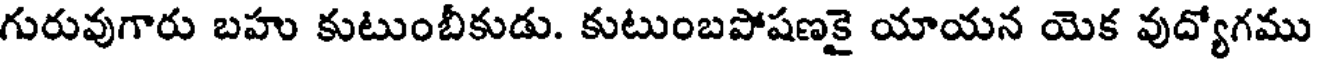
గురువుగారు బహు కుటుంబీకుడు. కుటుంబపోషణకై యాయన యెక వుద్యోగము